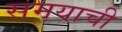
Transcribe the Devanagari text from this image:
समयाची